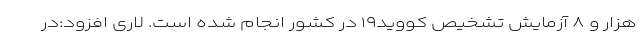
هزار و ۸ آزمایش تشخیص کووید۱۹ در کشور انجام شده است. لاری افزود:در